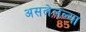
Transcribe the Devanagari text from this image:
असलेलल्या